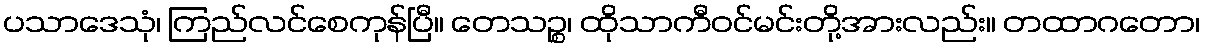
ပသာဒေသုံ၊ ကြည်လင်စေကုန်ပြီ။ တေသဉ္စ၊ ထိုသာကီဝင်မင်းတို့အားလည်း။ တထာဂတော၊